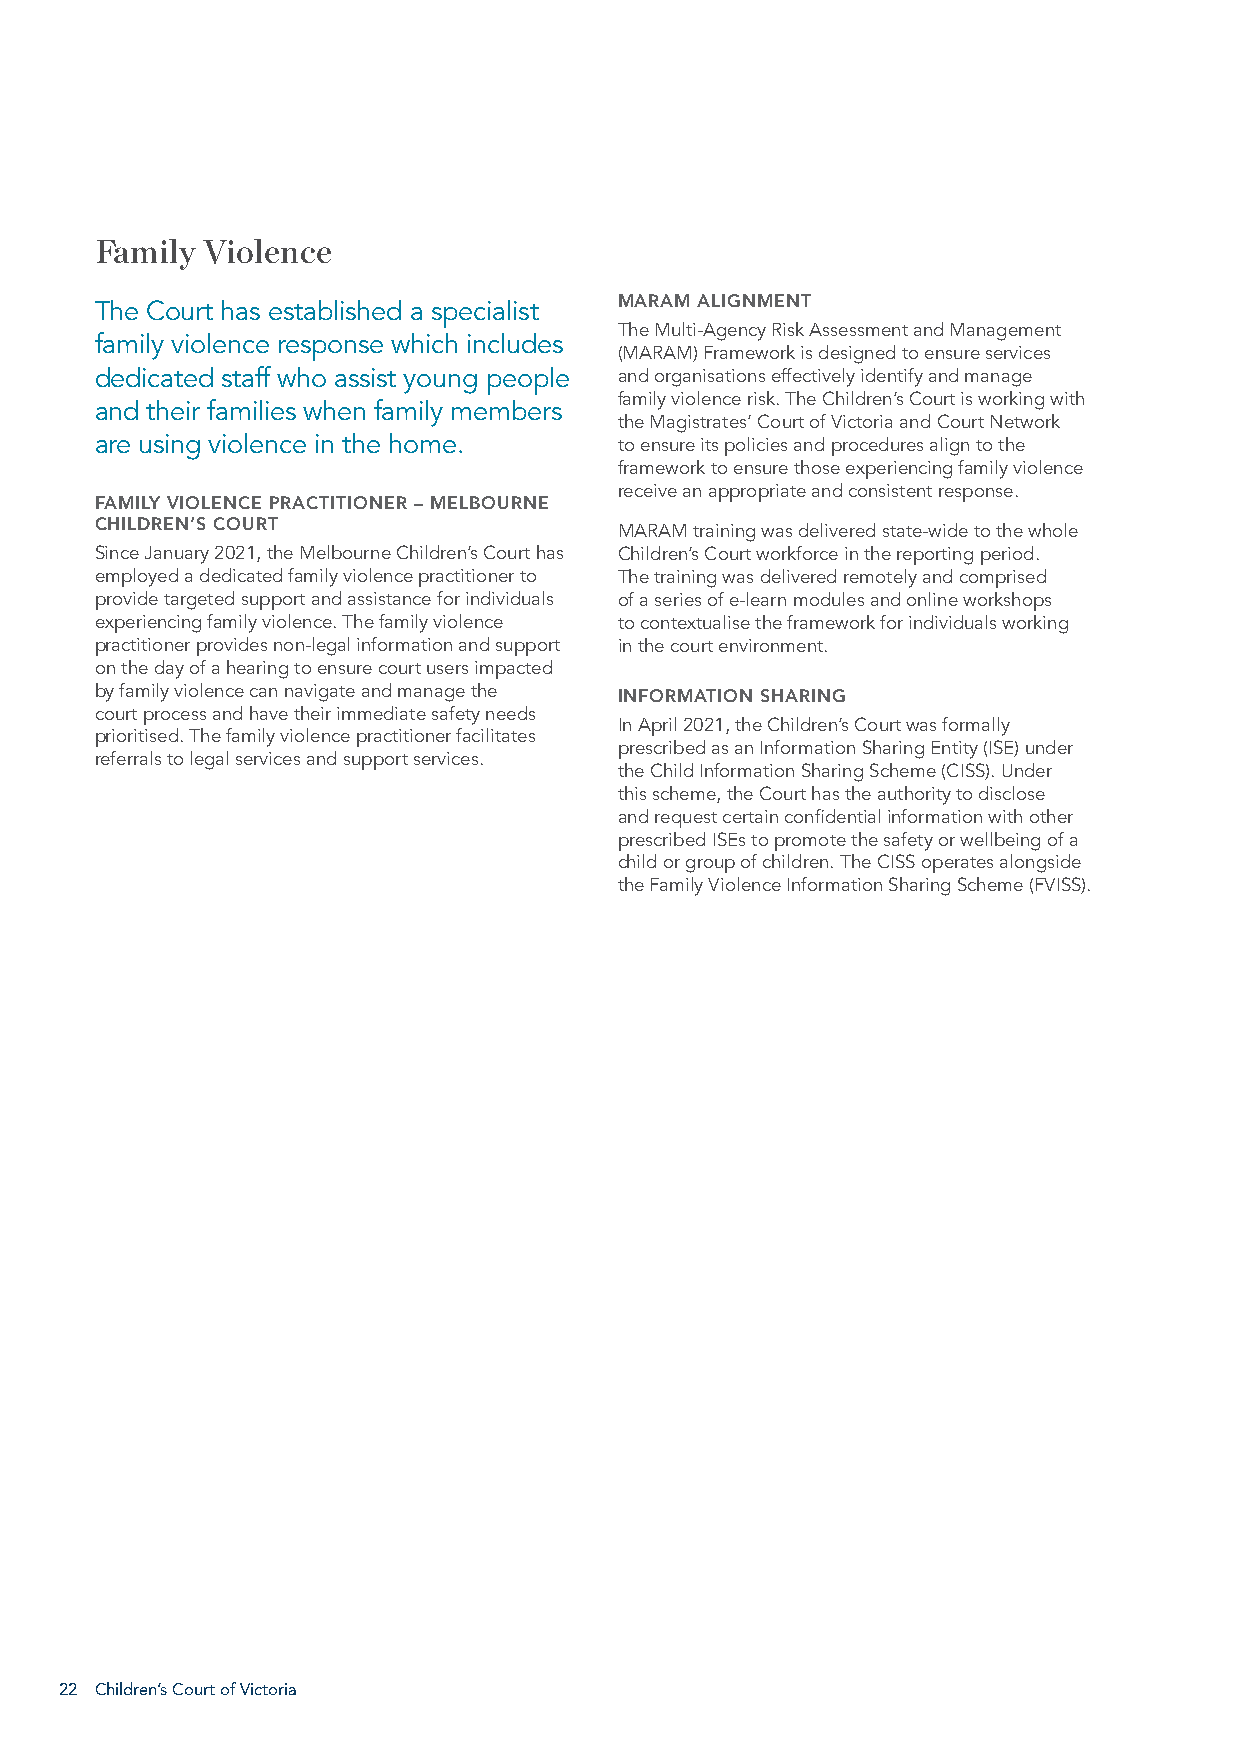
Family Violence
 MARAM ALIGNMENT
 The Court has established a specialist
 The Multi-Agency Risk Assessment and Management
 family violence response which includes
 (MARAM) Framework is designed to ensure services
 dedicated staff who assist young people and organisations effectively identify and manage
 family violence risk. The Children’s Court is working with
 and their families when family members
 the Magistrates’ Court of Victoria and Court Network
 are using violence in the home.    to ensure its policies and procedures align to the
 framework to ensure those experiencing family violence
 receive an appropriate and consistent response.
 FAMILY VIOLENCE PRACTITIONER – MELBOURNE
 CHILDREN’S COURT
 MARAM training was delivered state-wide to the whole
 Since January 2021, the Melbourne Children’s Court has Children’s Court workforce in the reporting period.
 employed a dedicated family violence practitioner to The training was delivered remotely and comprised
 provide targeted support and assistance for individuals of a series of e-learn modules and online workshops
 experiencing family violence. The family violence to contextualise the framework for individuals working
 practitioner provides non-legal information and support in the court environment.
 on the day of a hearing to ensure court users impacted
 by family violence can navigate and manage the INFORMATION SHARING
 court process and have their immediate safety needs
 In April 2021, the Children’s Court was formally
 prioritised. The family violence practitioner facilitates
 prescribed as an Information Sharing Entity (ISE) under
 referrals to legal services and support services.
 the Child Information Sharing Scheme (CISS). Under
 this scheme, the Court has the authority to disclose
 and request certain confidential information with other
 prescribed ISEs to promote the safety or wellbeing of a
 child or group of children. The CISS operates alongside
 the Family Violence Information Sharing Scheme (FVISS).
 22 Children’s Court of Victoria